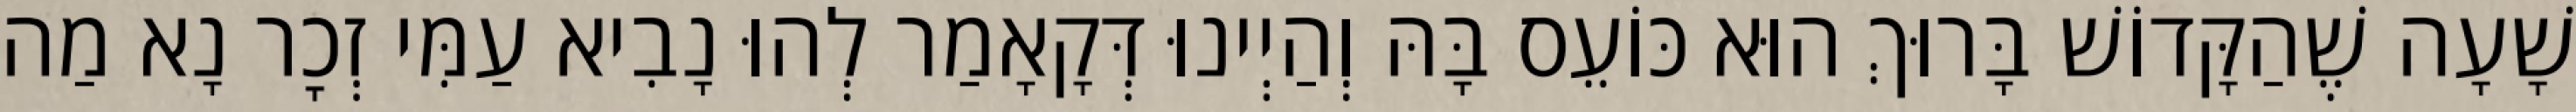
שָׁעָה שֶׁהַקָּדוֹשׁ בָּרוּךְ הוּא כּוֹעֵס בָּהּ וְהַיְינוּ דְּקָאָמַר לְהוּ נָבִיא עַמִּי זְכׇר נָא מַה